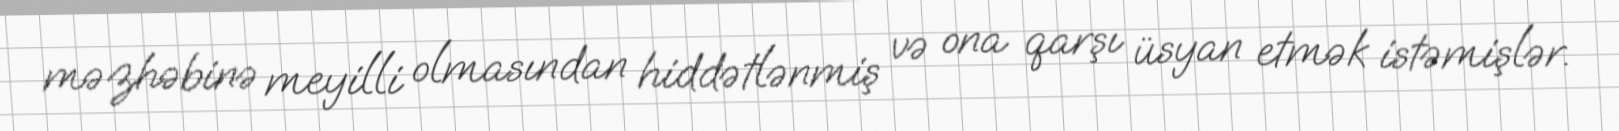
məzhəbinə meyilli olmasından hiddətlənmiş və ona qarşı üsyan etmək istəmişlər.